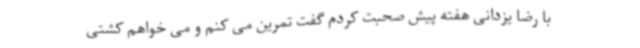
با رضا یزدانی هفته پیش صحبت کردم گفت تمرین می کنم و می خواهم کشتی